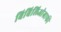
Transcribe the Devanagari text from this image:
बिबिलिओग्राफी